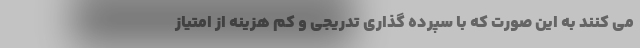
می کنند به این صورت که با سپرده گذاری تدریجی و کم هزینه از امتیاز